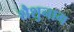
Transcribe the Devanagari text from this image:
शैशुनाग